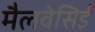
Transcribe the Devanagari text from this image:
मैलवेसिई